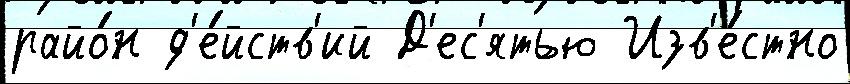
райо́н д'е́йств'ий Д'ес'ятью Изв'е́стно